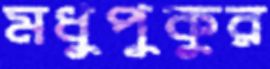
মধুপুকুর